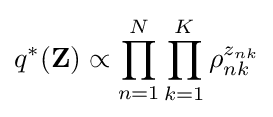
q^{*}(\mathbf {Z} )\propto \prod _{n=1}^{N}\prod _{k=1}^{K}\rho _{nk}^{z_{nk}}